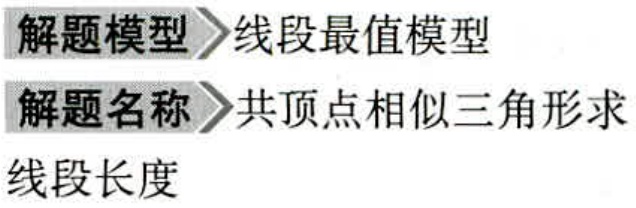
解题模型 线段最值模型

解题名称 共顶点相似三角形求

线段长度